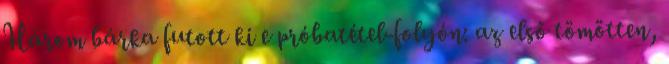
Három bárka futott ki e próbatétel-folyón: az első tömötten,